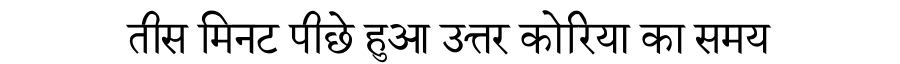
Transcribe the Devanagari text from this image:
तीस मिनट पीछे हुआ उत्तर कोरिया का समय